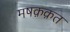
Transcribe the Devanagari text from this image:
मषक़क़त